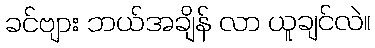
ခင်ဗျား ဘယ်အချိန် လာ ယူချင်လဲ။